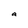
Character: a